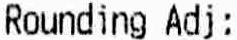
ROUNDING ADJ: